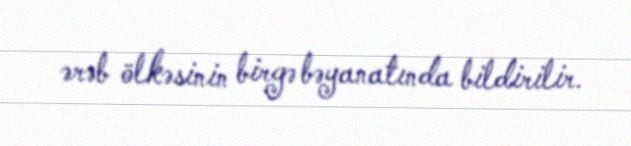
ərəb ölkəsinin birgə bəyanatında bildirilir.